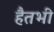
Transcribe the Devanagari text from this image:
हैतभी